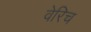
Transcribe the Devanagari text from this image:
वेरिच